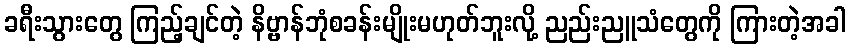
ခရီးသွားတွေ ကြည့်ချင်တဲ့ နိဗ္ဗာန်ဘုံစခန်းမျိုးမဟုတ်ဘူးလို့ ညည်းညူသံတွေကို ကြားတဲ့အခါ